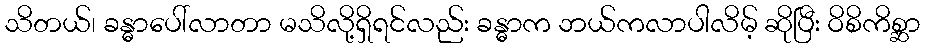
သိတယ်၊ ခန္ဓာပေါ်လာတာ မသိလို့ရှိရင်လည်း ခန္ဓာက ဘယ်ကလာပါလိမ့် ဆိုပြီး ဝိစိကိစ္ဆာ